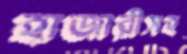
হাজারীসহ